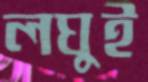
লঘুই